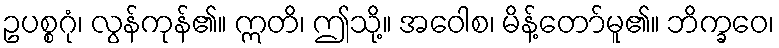
ဥပစ္စဂုံ၊ လွန်ကုန်၏။ ဣတိ၊ ဤသို့။ အဝေါစ၊ မိန့်တော်မူ၏။ ဘိက္ခဝေ၊